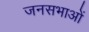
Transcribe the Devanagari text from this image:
जनसभाआें